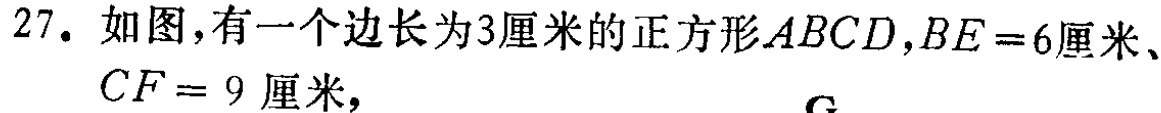
27. 如图,有一个边长为3厘米的正方形\(ABCD\)，\(BE = 6\)厘米、\(CF = 9\)厘米，